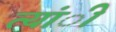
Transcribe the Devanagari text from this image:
त्यांी